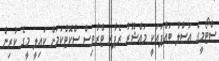
ސްޓޯމީގެ އަސްލު ބައްޕައަކީ މައްޝޫރު ރެޕާރ ޓްރާވިސް ސްކޮޓްކަމަށް ކައިލީ މީގެ ކުރިން